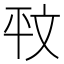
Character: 𭙁